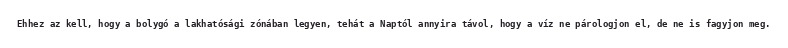
Ehhez az kell, hogy a bolygó a lakhatósági zónában legyen, tehát a Naptól annyira távol, hogy a víz ne párologjon el, de ne is fagyjon meg.